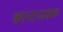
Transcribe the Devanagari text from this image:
कानाजवळ